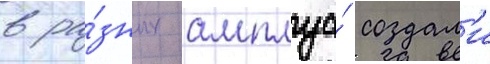
в ра́зных амплуа́ создал'и